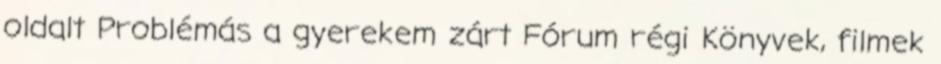
oldalt Problémás a gyerekem zárt Fórum régi Könyvek, filmek